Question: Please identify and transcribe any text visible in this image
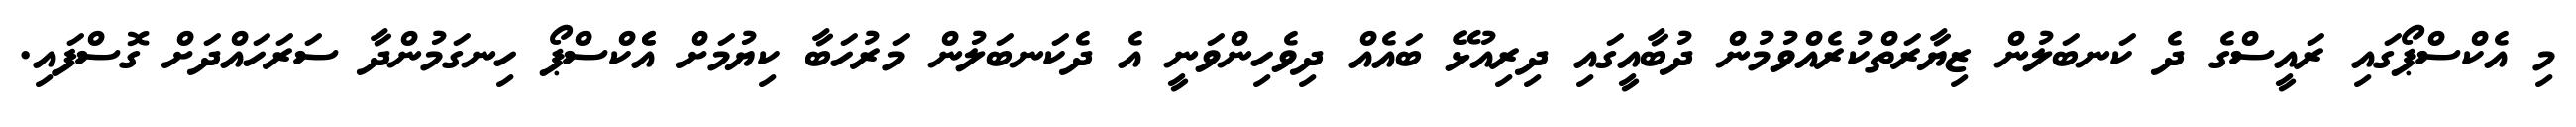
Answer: މި އެކްސްޕޯގައި ރައީސްގެ ދެ ކަނބަލުން ޒިޔާރަތްކުރެއްވުމުން ދުބާއީގައި ދިރިއުޅޭ ބައެއް ދިވެހިންވަނީ އެ ދެކަނބަލުން މަރުހަބާ ކިޔުމަށް އެެކްސްޕޯ ހިނގަމުންދާ ސަރަހައްދަށް ގޮސްފައި.